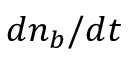
d n _ { b } / d t